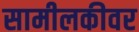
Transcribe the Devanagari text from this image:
सामीलकीवर